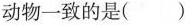
动物一致的是( )